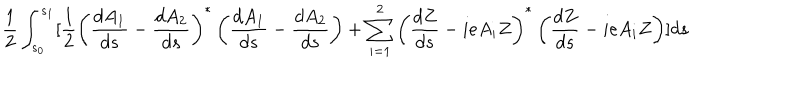
LaTeX: \frac 1 2 \int _ { s _ { 0 } } ^ { s _ { 1 } } [ \frac 1 2 \left( \frac { d A _ { 1 } } { d s } - \frac { d A _ { 2 } } { d s } \right) ^ { * } \left( \frac { d A _ { 1 } } { d s } - \frac { d A _ { 2 } } { d s } \right) + \sum _ { i = 1 } ^ { 2 } \left( \frac { d Z } { d s } - i e A _ { i } Z \right) ^ { * } \left( \frac { d Z } { d s } - i e A _ { i } Z \right) ] d s